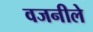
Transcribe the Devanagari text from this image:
वजनीले